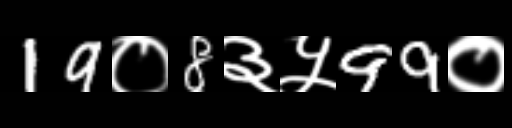
Text: 19०8३५99०